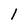
Character: 1